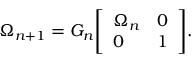
\Omega _ { n + 1 } = G _ { n } { \left[ \begin{array} { l l } { \Omega _ { n } } & { 0 } \\ { 0 } & { 1 } \end{array} \right] } .